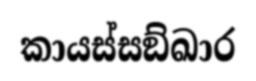
කායස්සඞ්ඛාර